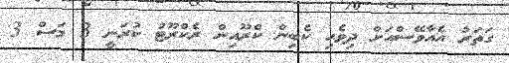
ގަތަރު އެއާވޭސްއަށް ދިވެހި ކެބިން ކްރޫއިން ރެކްރޫޓު ކުރަނީ 3 މަސް 3